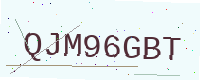
Text: QJM96GBT